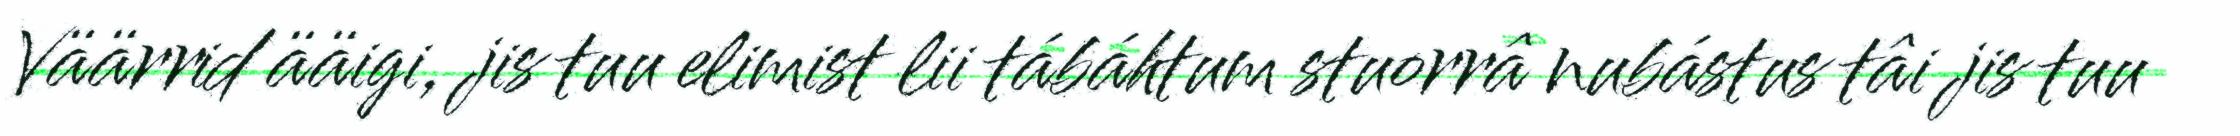
Väärrid ääigi, jis tuu elimist lii tábáhtum stuorrâ nubástus tâi jis tuu